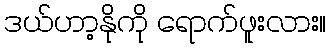
ဒယ်ဟာ့နိုကို ရောက်ဖူးလား။